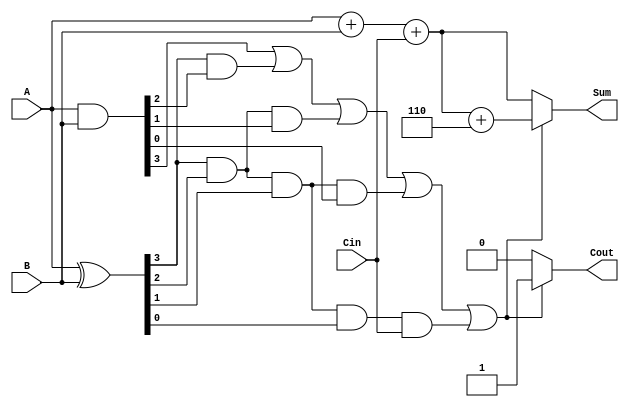
module BCD_Carry_Lookahead_Adder (
    input  [3:0] A,      // First BCD digit
    input  [3:0] B,      // Second BCD digit
    input        Cin,     // Carry input
    output reg [3:0] Sum, // BCD sum output
    output reg Cout       // Carry output
);

    wire [3:0] P; // Propagate signals
    wire [3:0] G; // Generate signals
    wire [4:0] C; // Carry signals

    // Generate and Propagate signals
    assign P = A ^ B; // P[i] = A[i] XOR B[i]
    assign G = A & B; // G[i] = A[i] AND B[i]

    // Carry Lookahead Logic
    assign C[0] = Cin; // C[0] = Cin
    assign C[1] = G[0] | (P[0] & C[0]);
    assign C[2] = G[1] | (P[1] & G[0]) | (P[1] & P[0] & C[0]);
    assign C[3] = G[2] | (P[2] & G[1]) | (P[2] & P[1] & G[0]) | (P[2] & P[1] & P[0] & C[0]);
    assign C[4] = G[3] | (P[3] & G[2]) | (P[3] & P[2] & G[1]) | (P[3] & P[2] & P[1] & G[0]) | (P[3] & P[2] & P[1] & P[0] & C[0]);

    // Raw sum calculation
    wire [4:0] RawSum; // 5-bit to accommodate carry
    assign RawSum = A + B + Cin;

    // Sum and Cout calculation
    always @(*) begin
        if (C[4]) begin
            // If carry out, adjust sum by adding 6
            Sum = RawSum[3:0] + 4'b0110; // Add 6
            Cout = 1; // Set carry out
        end else begin
            Sum = RawSum[3:0]; // No adjustment needed
            Cout = 0; // No carry out
        end
    end

endmodule